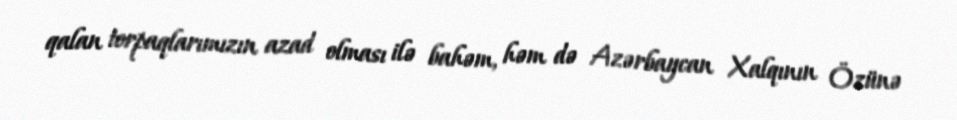
qalan torpaqlarımızın azad olması ilə bahəm, həm də Azərbaycan Xalqının Özünə